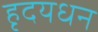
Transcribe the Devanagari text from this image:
हृदयधन